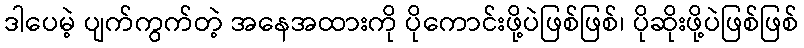
ဒါပေမဲ့ ပျက်ကွက်တဲ့ အနေအထားကို ပိုကောင်းဖို့ပဲဖြစ်ဖြစ်၊ ပိုဆိုးဖို့ပဲဖြစ်ဖြစ်